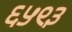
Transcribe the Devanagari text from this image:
६५९३